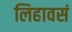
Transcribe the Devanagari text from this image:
लिहावसं